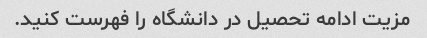
مزیت ادامه تحصیل در دانشگاه را فهرست کنید.